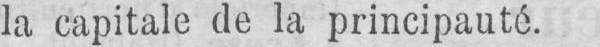
la capitale de la principauté.